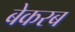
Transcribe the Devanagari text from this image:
बेकरब